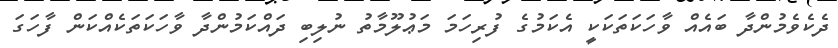
ދެކެވެމުންދާ ބައެއް ވާހަކަތަކަކީ އެކަމުގެ ފުރިހަމަ މަޢުލޫމާތު ނުލިބި ދައްކަމުންދާ ވާހަކަތަކެއްކަން ފާހަގަ